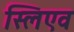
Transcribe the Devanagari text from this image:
स्लिएव